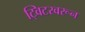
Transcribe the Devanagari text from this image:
ट्विटरवरून